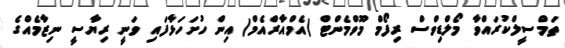
ތަމްސީލްކުރައްވާ މޯލްޑިވްސް ރިފޯމް މޫވްމެންޓް (އެމްއާރްއެމް) އިން ހުށަހަޅާފައި ވަނީ ރިޔާސީ ނިޒާމެއްގެ